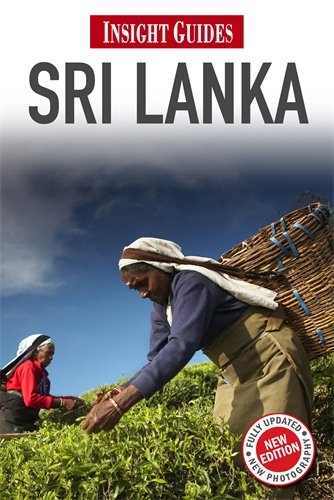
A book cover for Sri Lanka (Insight Guides); Gavin Thomas; Travel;